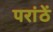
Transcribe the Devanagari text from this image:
परांठें